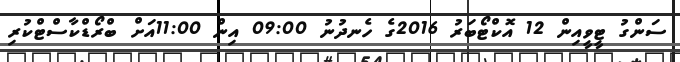
ސަންގު ޓީވީއިން 12 އޮކްޓޯބަރު 2016ގެ ހެނދުނު 09:00 އިން 11:00އަށް ބްރޯޑްކާސްޓްކުރި